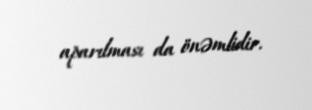
aparılması da önəmlidir.